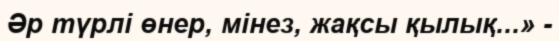
Әр түрлі өнер, мінез, жақсы қылық...» -